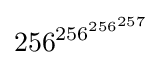
256^{\,\!256^{256^{257}}}